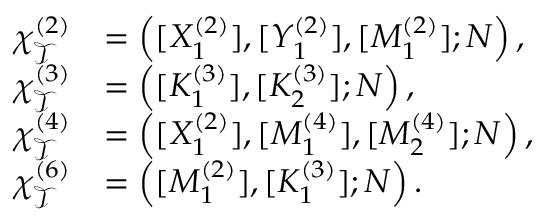
\begin{array} { r l } { \chi _ { \mathcal { T } } ^ { ( 2 ) } } & { = \left( [ X _ { 1 } ^ { ( 2 ) } ] , [ Y _ { 1 } ^ { ( 2 ) } ] , [ M _ { 1 } ^ { ( 2 ) } ] ; N \right) , } \\ { \chi _ { \mathcal { T } } ^ { ( 3 ) } } & { = \left( [ K _ { 1 } ^ { ( 3 ) } ] , [ K _ { 2 } ^ { ( 3 ) } ] ; N \right) , } \\ { \chi _ { \mathcal { T } } ^ { ( 4 ) } } & { = \left( [ X _ { 1 } ^ { ( 2 ) } ] , [ M _ { 1 } ^ { ( 4 ) } ] , [ M _ { 2 } ^ { ( 4 ) } ] ; N \right) , } \\ { \chi _ { \mathcal { T } } ^ { ( 6 ) } } & { = \left( [ M _ { 1 } ^ { ( 2 ) } ] , [ K _ { 1 } ^ { ( 3 ) } ] ; N \right) . } \end{array}